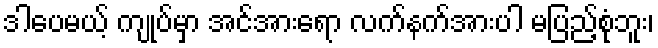
ဒါပေမယ့် ကျုပ်မှာ အင်အားရော လက်နက်အားပါ မပြည့်စုံဘူး၊